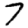
Digit: 7